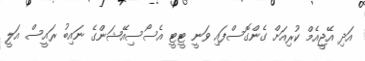
އަދި އޭޖީއެމް ކުރިއަށް ގެންގޮސްފައި ވަނީ ޓީޓީ އެސޯސިއޭޝަންގެ ނައިބު ރައީސް އަލީ